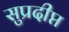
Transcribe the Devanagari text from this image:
सुप्रदीप्त